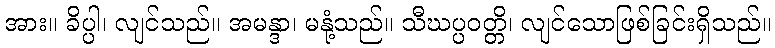
အား။ ခိပ္ပါ၊ လျင်သည်။ အမန္ဒာ၊ မနုံ့သည်။ သီဃပ္ပဝတ္တိ၊ လျင်သောဖြစ်ခြင်းရှိသည်။